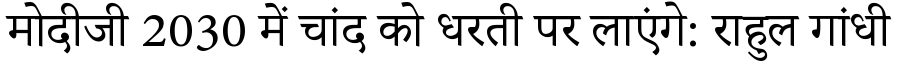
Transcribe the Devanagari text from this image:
मोदीजी 2030 में चांद को धरती पर लाएंगे: राहुल गांधी